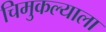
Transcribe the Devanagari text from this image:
चिमुकल्याला